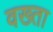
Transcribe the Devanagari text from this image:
वख्‍ता